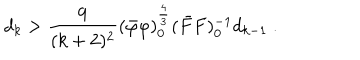
LaTeX: d _ { k } > \frac { 9 } { ( k + 2 ) ^ { 2 } } ( \bar { \varphi } \varphi ) _ { 0 } ^ { \frac { 4 } { 3 } } ( \bar { F } F ) _ { 0 } ^ { - 1 } d _ { k - 1 } \ .